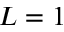
L = 1